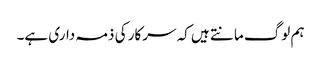
ہم لوگ مانتے ہیں کہ سرکار کی ذمہ داری ہے۔